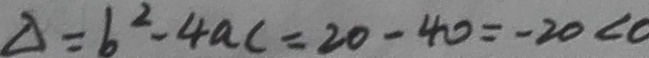
\Delta = b ^ { 2 } - 4 a c = 2 0 - 4 0 = - 2 0 < 0